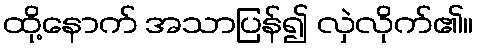
ထို့နောက် အသာပြန်၍ လှဲလိုက်၏။